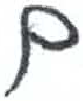
אות: ם